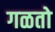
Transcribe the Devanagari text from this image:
गळतो